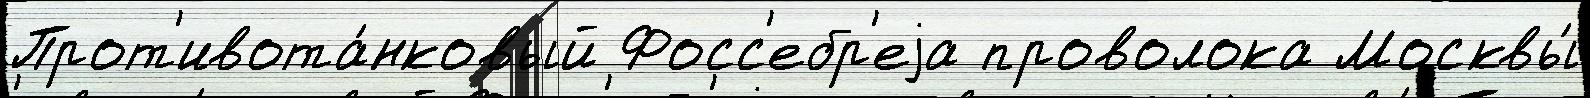
Прот'ивота́нковый Фосс'ебр'еjа проволока Москвы́